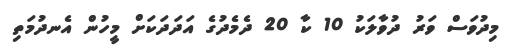
މިދުވަސް ވަރު ދުވާލަކު 10 ކާ 20 ދެމެދުގެ އަދަދަކަށް މީހުން އެނދުމަތި